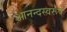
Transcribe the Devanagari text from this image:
आनन्दस्वरूप